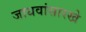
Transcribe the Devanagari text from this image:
जाधवांसारखे